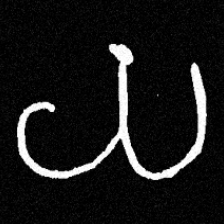
Pyu character \u2014 Myanmar letter: ယ (romanized: ya)